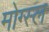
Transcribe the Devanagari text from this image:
मोग्स्ल